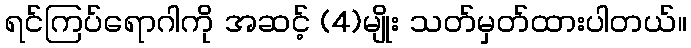
ရင်ကြပ်ရောဂါကို အဆင့် (4)မျိုး သတ်မှတ်ထားပါတယ်။